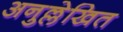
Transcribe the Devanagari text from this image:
अनुल्लेखित